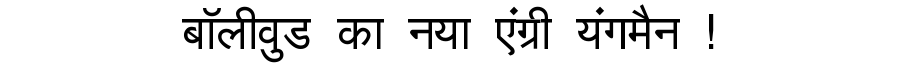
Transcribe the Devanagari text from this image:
बॉलीवुड का नया एंग्री यंगमैन !